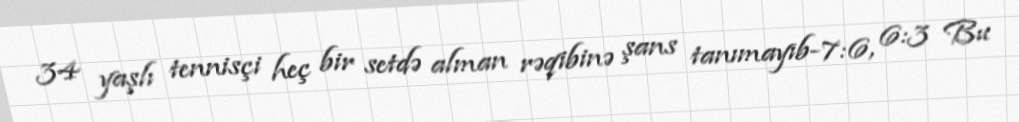
34 yaşlı tennisçi heç bir setdə alman rəqibinə şans tanımayıb-7:6, 6:3 Bu